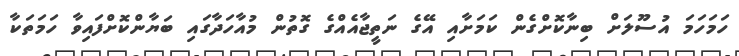
ހަމަހަމަ އުސޫލަށް ބިނާކޮށްގެން ކަމަށާއި އޭގެ ނަތީޖާއެއްގެ ގޮތުން މުއާހަދާގައި ބަޔާންކޮށްފައިވާ ހަމަތަކާ